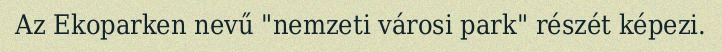
Az Ekoparken nevű "nemzeti városi park" részét képezi.